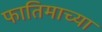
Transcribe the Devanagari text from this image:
फातिमाच्या